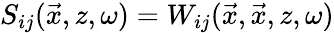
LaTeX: S_{ij}(\vec{x},z,\omega)=W_{ij}(\vec{x},\vec{x},z,\omega)